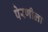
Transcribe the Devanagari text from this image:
पेरणीला